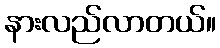
နားလည်လာတယ်။